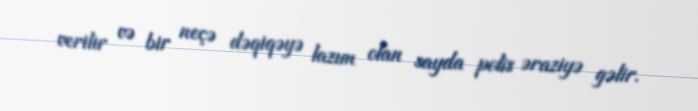
verilir və bir neçə dəqiqəyə lazım olan sayda polis əraziyə gəlir.